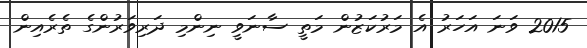
2015 ވަނަ އަހަރު އެ މަރުކަޒުން މަތީ ސާނަވީ ނިންމި ދަރިވަރުންގެ ތެރެއިން